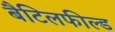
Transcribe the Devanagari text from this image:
बैटिलफील्ड